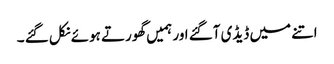
اتنے میں ڈیڈی آگئے اور ہمیں گھورتے ہوئے نکل گئے ۔